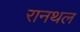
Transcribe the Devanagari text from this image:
रानथल